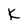
Character: k